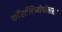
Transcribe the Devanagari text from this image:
काँस्टँटिनोपोलला